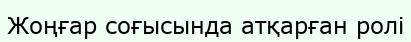
Жоңғар соғысында атқарған ролі